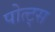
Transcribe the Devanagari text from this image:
पोत्ट्स